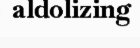
aldolizing